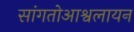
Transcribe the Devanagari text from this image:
सांगतोआश्वलायन